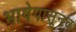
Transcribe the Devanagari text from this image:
भाषेपासूनच